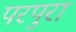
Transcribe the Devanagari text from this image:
परपुरा